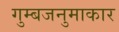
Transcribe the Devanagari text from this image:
गुम्बजनुमाकार